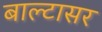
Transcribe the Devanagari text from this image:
बाल्टासर